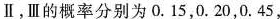
Ⅱ，Ⅲ的概率分别为0.15，0.20，0.45，